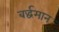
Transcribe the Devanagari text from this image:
बर्द्धमान